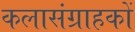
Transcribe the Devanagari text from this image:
कलासंग्राहकों